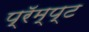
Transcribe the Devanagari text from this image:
प्रॅम्प्ट